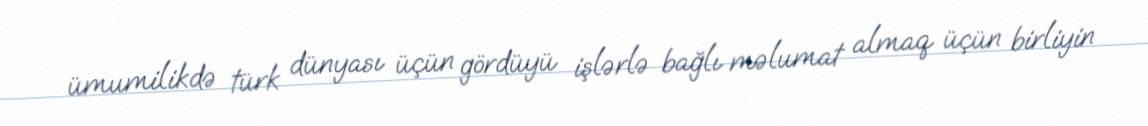
ümumilikdə türk dünyası üçün gördüyü işlərlə bağlı məlumat almaq üçün birliyin